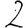
Digit: 2